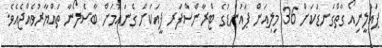
ޕައުލީނިއޯ ގާތްގަނޑަކަށް 36 މިލިއަން ޕައުންޑުގެ ޓްރާންސްފަރ ފީއަކަށް ގެނައުމަށް ބާސެލޯނާ ތައްޔާރުވެއްޖެއެވެ.